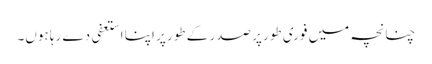
چنانچہ میں فوری طور پر صدر کے طور پر اپنا استعفی دے رہا ہوں۔